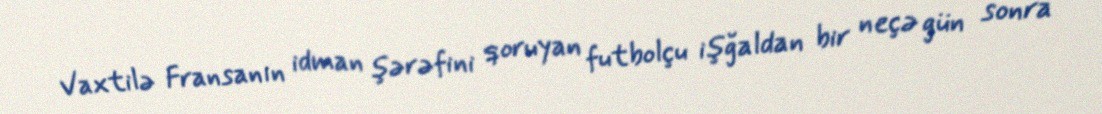
Vaxtilə Fransanın idman şərəfini qoruyan futbolçu işğaldan bir neçə gün sonra